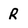
Character: R